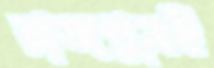
রাজপুত্রই